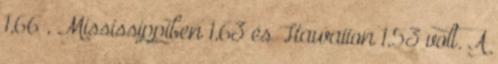
1,66 , Mississippiben 1,63 és Hawaiion 1,53 volt. A